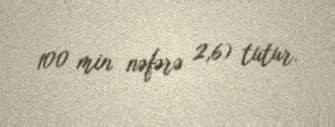
100 min nəfərə 2,6) tutur.